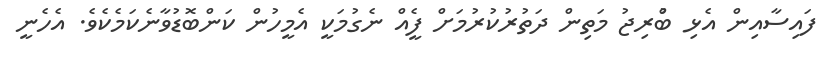
ފައިސާއިން އެޅި ބުްރިޖު މަތިން ދަތުރުކުރުމަށް ފީެއް ނެގުމަކީ އެމީހުން ކަންބޮޑުވާނެކަމެކެވެ. އެހެނީ